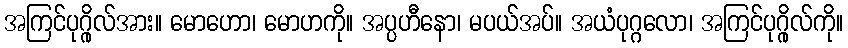
အကြင်ပုဂ္ဂိုလ်အား။ မောဟော၊ မောဟကို။ အပ္ပဟီနော၊ မပယ်အပ်။ အယံပုဂ္ဂလော၊ အကြင်ပုဂ္ဂိုလ်ကို။